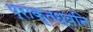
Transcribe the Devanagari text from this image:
प्राकृतध्वनि